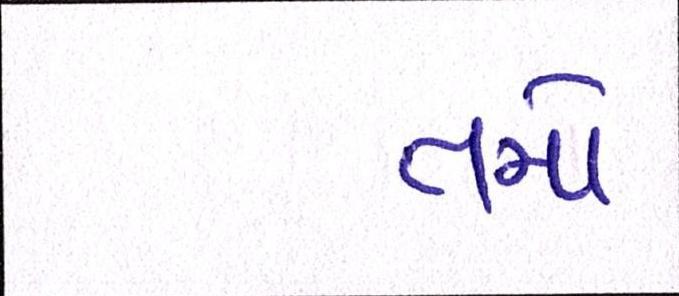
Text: તમો